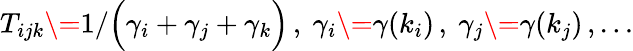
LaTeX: T_{ijk}\= 1/\Big(\gamma_{i}+\gamma_{j}+\gamma_{k}\Big)\, ,\ \gamma_{i}\= \gamma(k_{i})\, ,\ \gamma_{j}\= \gamma(k_{j})\, ,\dots